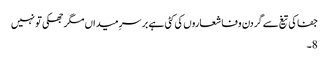
جفا کی تیغ سے گردن وفا شعاروں کی کٹی ہے بر سرِ میداں مگر جھکی تو نہیں
8۔